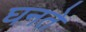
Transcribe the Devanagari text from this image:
घनते